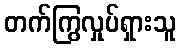
တက်ကြွလှုပ်ရှားသူ